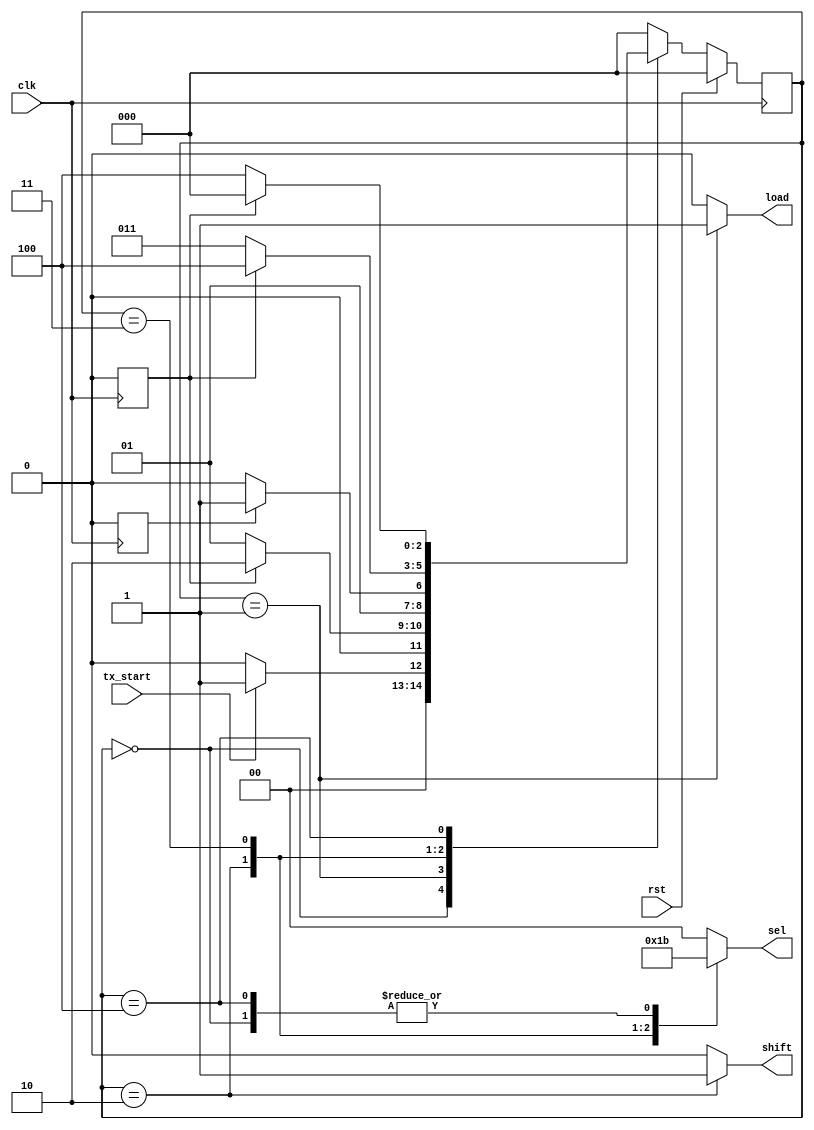
module TX_fsm(tx_start, clk, rst, shift, load,sel);
  input tx_start, clk, rst;
  output shift, load;
  output [1:0] sel;
  
  reg [2:0] state;
  reg [2:0] nextstate;
  reg temp, count, count1,flag, x;
  
  parameter idle = 3'b000, startbit = 3'b001, databit = 3'b010, paritybit = 3'b011, stopbit = 3'b100;
  
  always @(*)
    begin
      case(state)
        idle: 
          begin
            nextstate = tx_start?startbit:idle;
            load = 0;
            shift = 0;
            sel = 2'b11;
            temp = 0;
            
          end
        startbit: 
          begin
            nextstate = flag?databit:startbit;
            load = 1;
            shift = 0;
            sel = 2'b00;
            temp = 0;
            
          end
        databit:
          begin
            nextstate = x? paritybit:databit;
            load = 0;
            shift = 1;
            sel = 2'b01;
            temp = 1;
          end
        paritybit:
          begin
            nextstate = flag?stopbit:paritybit;
            load = 0;
            shift = 0;
            temp = 0;
            sel = 2'b10;
          end
        stopbit:
          begin
            nextstate = flag?idle:stopbit;
            load = 0;
            shift = 0;
            sel = 2'b11;
            temp = 0;
          end
        default:
          begin
            nextstate = idle;
            load = 0;
            shift = 0;
            sel = 2'b00;
            temp = 0;
          end
      endcase     
    end
  
  
  always @(posedge clk)
    begin
      if(count == 15)
        begin
          flag = 1;
          count = 0;
        end
      else
        begin
          flag = 0;
          count = count + 1;
        end
    end
  
  always @(posedge clk)
    begin
      if(temp == 1)
        if(count1 == 7)
          begin
            x = 1;
          end
      	else
          begin
            x = 0;
            count1 = count1 + 1;
          end
      else 
        begin
          count1 = 0;
          x = 0;
        end
    end
  
  always @(posedge clk)
    begin
      if(rst)
        begin
          state <= idle;
        end
      else
        state <= nextstate;
    end
endmodule